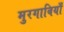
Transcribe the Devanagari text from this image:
मुरगाबियाँ